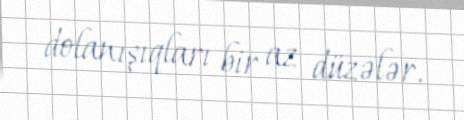
dolanışıqları bir az düzələr.